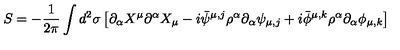
S = - \frac { 1 } { 2 \pi } \int d ^ { 2 } \sigma \left[ \partial _ { \alpha } X ^ { \mu } \partial ^ { \alpha } X _ { \mu } - i \bar { \psi } ^ { \mu , j } \rho ^ { \alpha } \partial _ { \alpha } \psi _ { \mu , j } + i \bar { \phi } ^ { \mu , k } \rho ^ { \alpha } \partial _ { \alpha } \phi _ { \mu , k } \right]